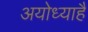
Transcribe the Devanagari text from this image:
अयोध्याहै